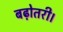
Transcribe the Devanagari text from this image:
बढ़ोतरी।